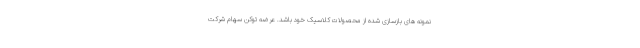
نمونه های بازسازی شده از محصولات کلاسیک خود باشد. عرضه توکن سهام شرکت